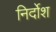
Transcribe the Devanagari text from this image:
निर्दोश